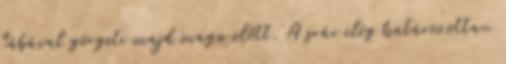
lábával görgeti majd maga előtt. A srác elég határozottan